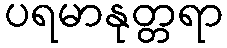
ပရမာနုတ္တရာ